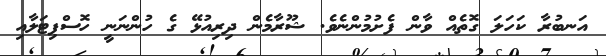
އަނބުރާ ކަހަލަ ގޮތެއް ވާން ފެށުމުންނެވެ. ޝޫރާމެން ދިރިއުޅޭ ގެ ހުންނަނީ ހޮސްޕިޓަލާއި